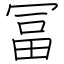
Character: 冨